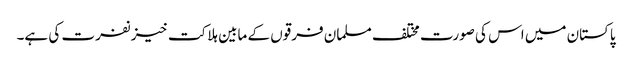
پاکستان میں اس کی صورت مختلف مسلمان فرقوں کے مابین ہلاکت خیز نفرت کی ہے۔